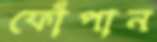
ফোঁপান